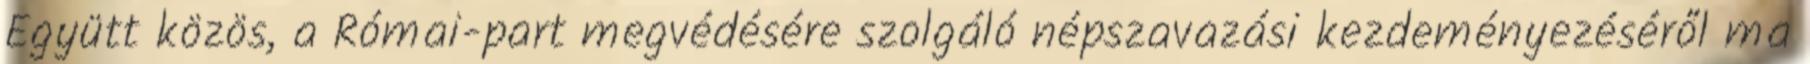
Együtt közös, a Római-part megvédésére szolgáló népszavazási kezdeményezéséről ma